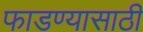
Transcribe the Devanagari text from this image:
फाडण्यासाठी